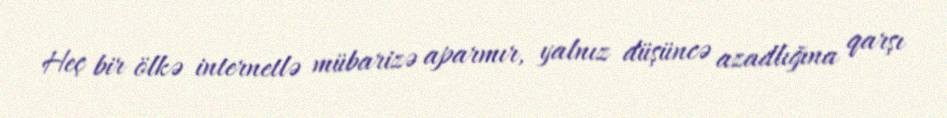
Heç bir ölkə internetlə mübarizə aparmır, yalnız düşüncə azadlığına qarşı